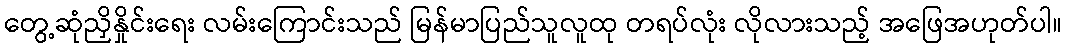
တွေ့ဆုံညှိနှိုင်းရေး လမ်းကြောင်းသည် မြန်မာပြည်သူလူထု တရပ်လုံး လိုလားသည့် အဖြေအဟုတ်ပါ။